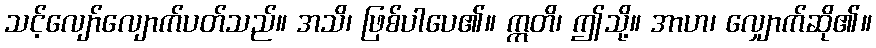
သင့်လျော်လျောက်ပတ်သည်။ အသိ၊ ဖြစ်ပါပေ၏။ ဣတိ၊ ဤသို့။ အာဟ၊ လျှောက်ဆို၏။